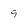
Character: 9